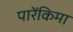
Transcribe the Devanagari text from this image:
पारेंकिमा